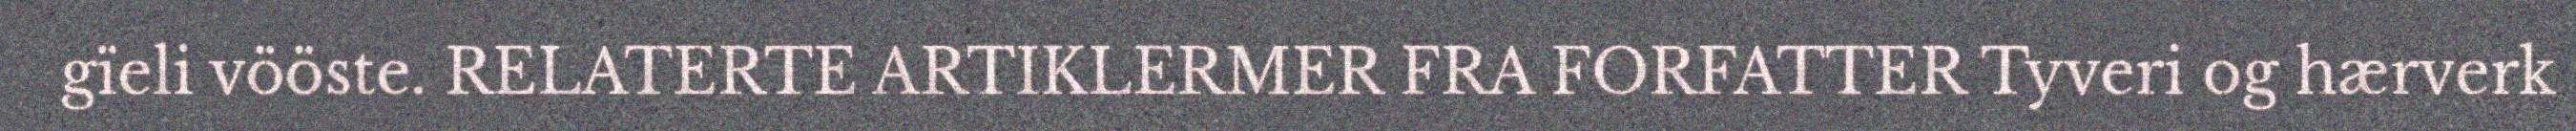
gïeli vööste. RELATERTE ARTIKLERMER FRA FORFATTER Tyveri og hærverk